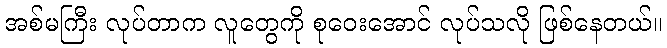
အစ်မကြီး လုပ်တာက လူတွေကို စုဝေးအောင် လုပ်သလို ဖြစ်နေတယ်။